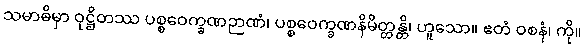
သမာဓိမှာ ဝုဋ္ဌိတဿ ပစ္စဝေက္ခဏဉာဏံ၊ ပစ္စဝေက္ခဏနိမိတ္တန္တိ၊ ဟူသော။ ဧတံ ဝစနံ၊ ကို။